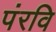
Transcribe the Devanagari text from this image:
पंरवि